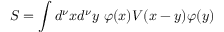
S = \int d ^ { \nu } x d ^ { \nu } y ~ \varphi ( x ) V ( x - y ) \varphi ( y )